Indian journal of veterinary science and animal husbandry - Volume 10,
Year: 1940
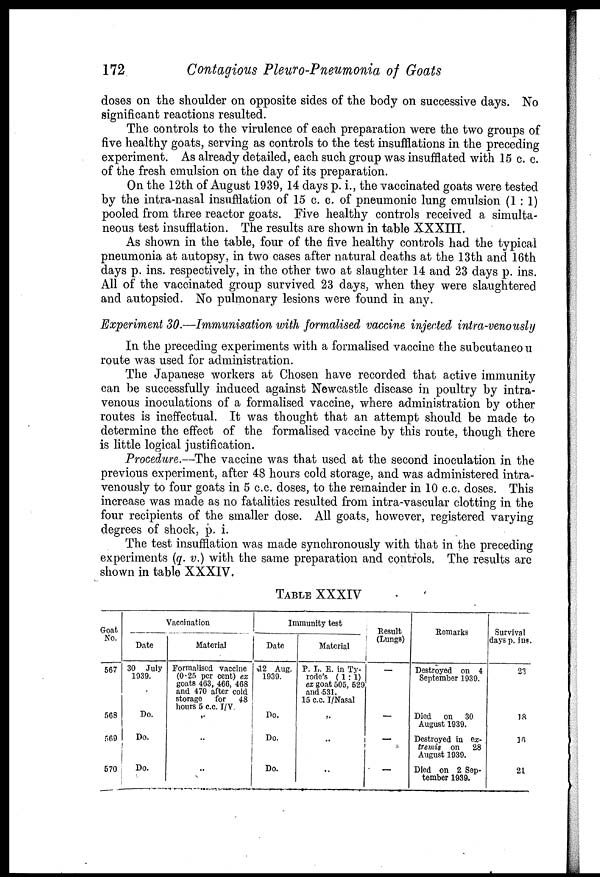
172
Contagious Pleuro-Pneumonia of Goats
doses on the shoulder on opposite sides of the body on successive days. No
significant reactions resulted.
The controls to the virulence of each preparation were the two groups of
five healthy goats, serving as controls to the test insufflations in the preceding
experiment. As already detailed, each such group was insufflated with 15 c. c.
of the fresh emulsion on the day of its preparation.
On the 12th of August 1939, 14 days p. i., the vaccinated goats were tested
by the intra-nasal insufflation of 15 c. c. of pneumonic lung emulsion (1:1)
pooled from three reactor goats. Five healthy controls received a simulta-
neous test insufflation. The results are shown in table XXXIII.
As shown in the table, four of the five healthy controls had the typical
pneumonia at autopsy, in two cases after natural deaths at the 13th and 16th
days p. ins. respectively, in the other two at slaughter 14 and 23 days p. ins.
All of the vaccinated group survived 23 days, when they were slaughtered
and autopsied. No pulmonary lesions were found in any.
Experiment 30.—Immunisation with formalised vaccine injected intra-venously
In the preceding experiments with a formalised vaccine the subcutaneo u
route was used for administration.
The Japanese workers at Chosen have recorded that active immunity
can be successfully induced against Newcastle disease in poultry by intra-
venous inoculations of a formalised vaccine, where administration by other
routes is ineffectual. It was thought that an attempt should be made to
determine the effect of the formalised vaccine by this route, though there
is little logical justification.
Procedure.—The vaccine was that used at the second inoculation in the
previous experiment, after 48 hours cold storage, and was administered intra-
venously to four goats in 5 c.c. doses, to the remainder in 10 c.c. doses. This
increase was made as no fatalities resulted from intra-vascular clotting in the
four recipients of the smaller dose. All goats, however, registered varying
degrees of shock, p. i.
The test insufflation was made synchronously with that in the preceding
experiments (q. v.) with the same preparation and controls, The results are
shown in table XXXIV.
TABLE XXXIV
Goat,
No.
567
568
569
570
Vaccination
Date
30 July
1939.
Do.
Do.
Do.
Material
Formalised vaccine
(0.25 per cent) ex
goats 463, 466, 468
and 470 after cold
storage for 48
hours 5 c.c. I/V.
„
..
..
Immunity test
Date
%12 Aug.
1939.
Do.
Do.
Do.
Material
P. L. E. in Ty-
rode's (1:1)
ex goat 505, 529
and 531.
15 c.c. I/Nasal
..
..
..
Result
(Lungs)
—
—
—
Remarks
Destroyed on 4
September 1939.
Died on 30
August 1939.
Destroyed in ex-
tremis on 28
August 1939.
Died on 2 Sep-
tember 1939.
Survival
days p. ins.
23
18
16
21